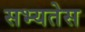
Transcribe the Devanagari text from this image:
सभ्यतेस